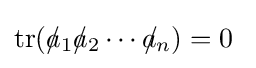
\operatorname {tr} (a_{1}\!\!\!\!\!\!/\,\,\,a_{2}\!\!\!\!\!\!/\,\,\,\cdots a_{n}\!\!\!\!\!\!/\,\,\,)=0\